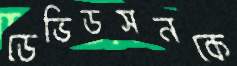
ডেভিডসনকে